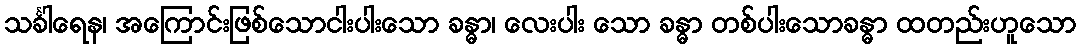
သင်္ခါရေန၊ အကြောင်းဖြစ်သောငါးပါးသော ခန္ဓာ၊ လေးပါး သော ခန္ဓာ တစ်ပါးသောခန္ဓာ ထတည်းဟူသော